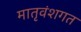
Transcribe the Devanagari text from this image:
मातृवंशगत